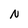
Character: N